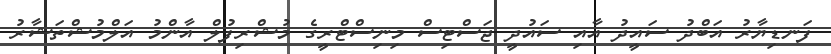
ފަނޑިޔާރު އަބްދު ސައީދު އާއި ސައުދީ ޖަސްޓިސް މިނިސްޓްރީގެ މުޝްރިފުލް އާންމު އަލްމުޝްތަޝާރު